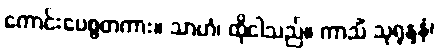
ကောင်းပေစွတကား။ သာဟံ၊ ထိုငါသည်။ ကာသိံ သုရုန္ဒနံ၊